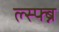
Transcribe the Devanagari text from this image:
ल्स्फ्ब्न